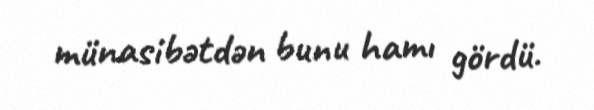
münasibətdən bunu hamı gördü.